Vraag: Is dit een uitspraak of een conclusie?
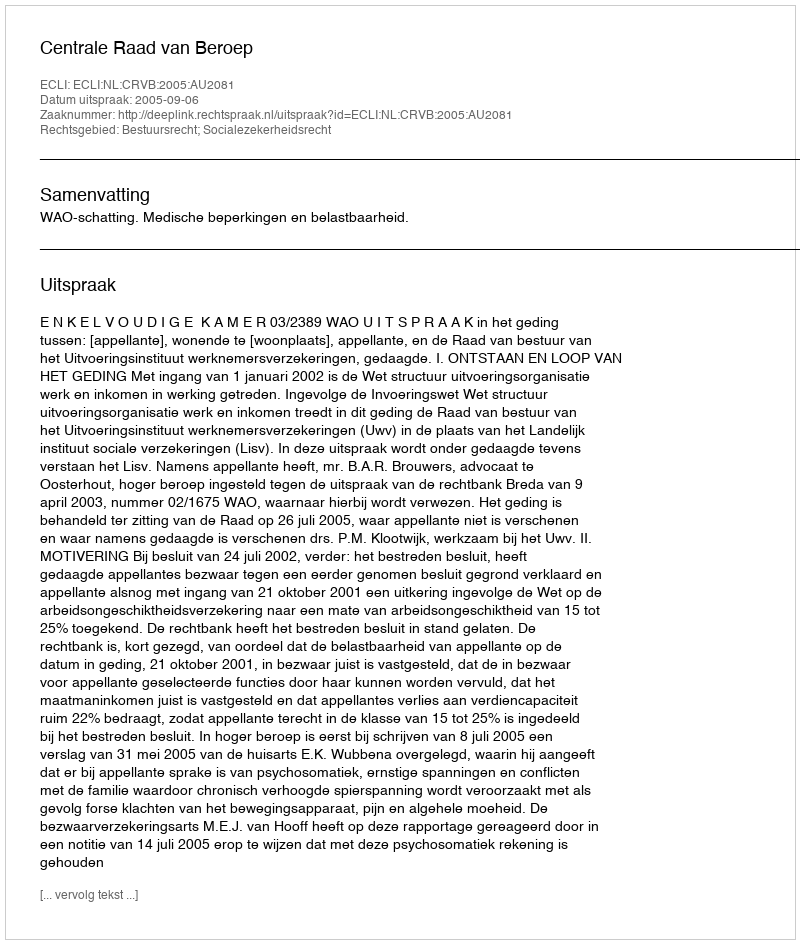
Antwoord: Uitspraak